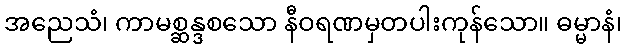
အညေသံ၊ ကာမစ္ဆန္ဒစသော နီဝရဏမှတပါးကုန်သော။ ဓမ္မာနံ၊